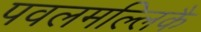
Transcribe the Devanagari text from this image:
पवलमल्लिकै